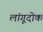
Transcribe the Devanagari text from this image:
लांगूदोक